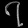
Digit: ၇